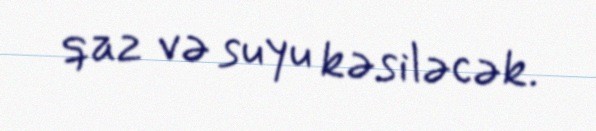
qaz və suyu kəsiləcək.